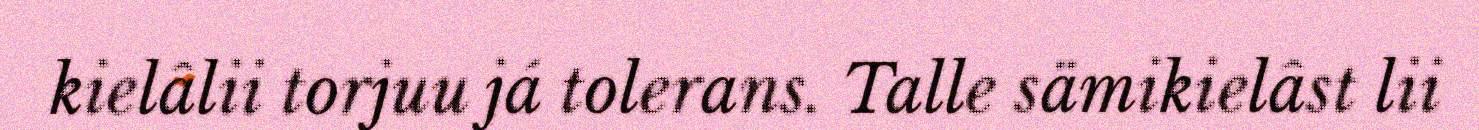
kielâlii torjuu já tolerans. Talle sämikielâst lii